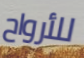
للأرواح